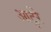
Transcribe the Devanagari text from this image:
आर्टुरे